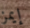
إيمز